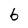
Character: 6